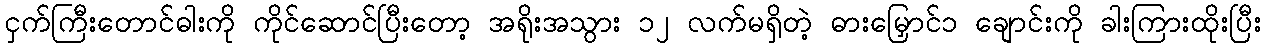
ငှက်ကြီးတောင်ဓါးကို ကိုင်ဆောင်ပြီးတော့ အရိုးအသွား ၁၂ လက်မရှိတဲ့ ဓားမြှောင်၁ ချောင်းကို ခါးကြားထိုးပြီး